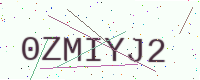
Text: 0ZMIYJ2